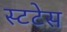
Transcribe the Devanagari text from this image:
स्टटेस